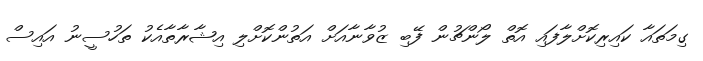
ގިމަތައާ ކައިރިކޮށްލާފައި އޮތް ލޯންޗުން ފޭބި ޒުވާނާއަށް އަތުންކޮށްލި އިޝާރާތާއެކު ތަހުސީނު އައިސް